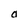
Character: a